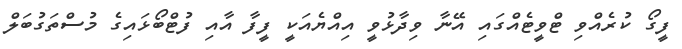
ފީގޯ ކުރެއްވި ޓްވީޓެއްގައި އޭނާ ވިދާޅުވީ އިއްޔެއަކީ ފީފާ އާއި ފުޓްބޯޅައިގެ މުސްތަގުބަލް